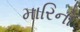
મારિનો